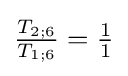
{\tfrac {T_{2;6}}{T_{1;6}}}={\tfrac {1}{1}}